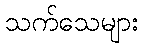
သက်သေများ